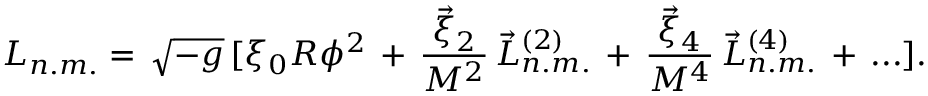
{ \cal L } _ { n . m . } = \, { \sqrt { - g } } \, \lbrack \xi _ { 0 } R \phi ^ { 2 } \, + \, { \frac { { \vec { \xi } } _ { 2 } } { M ^ { 2 } } } \, { \vec { \cal L } } _ { n . m . } ^ { ( 2 ) } \, + \, { \frac { { \vec { \xi } } _ { 4 } } { M ^ { 4 } } } \, { \vec { \cal L } } _ { n . m . } ^ { ( 4 ) } \, + \, . . . \rbrack .